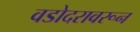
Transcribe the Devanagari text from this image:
वडोदरावरून